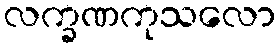
လက္ခဏကုသလော